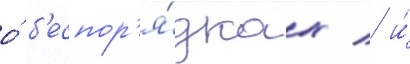
о́ б'еспор'я́дках / и́